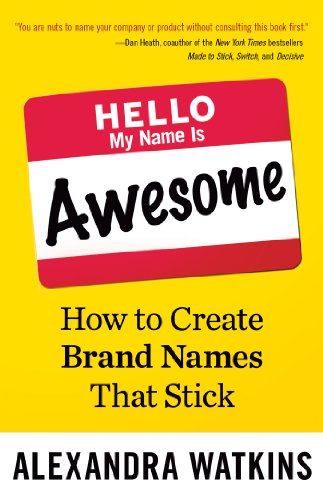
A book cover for Hello, My Name Is Awesome: How to Create Brand Names That Stick; Alexandra Watkins; Law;